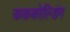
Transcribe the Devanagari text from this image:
कककोल्डिंग